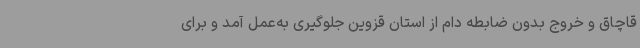
قاچاق و خروج بدون ضابطه دام از استان قزوین جلوگیری به‌عمل آمد و برای